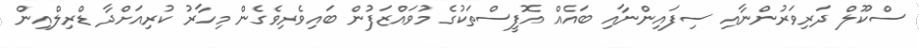
ސްކޫލް ދަރިވަރުންނާއި ސިފައިންނާއި ބައެއް އޮފީސްތަކުގެ މުވައްޒަފުން ބައިވެރިވެގެން މިހާރު ކުރިއަށްދާ ޑްރިލްއިން